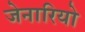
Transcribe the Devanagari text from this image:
जेनारियो